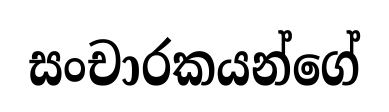
සංචාරකයන්ගේ